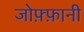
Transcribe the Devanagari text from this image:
जोफ़्फ़ानी